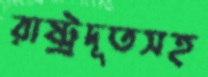
রাষ্ট্রদূতসহ